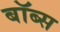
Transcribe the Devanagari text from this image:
बॉब्स